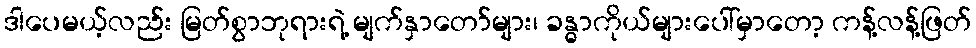
ဒါပေမယ့်လည်း မြတ်စွာဘုရားရဲ့ မျက်နှာတော်များ၊ ခန္ဓာကိုယ်များပေါ်မှာတော့ ကန့်လန့်ဖြတ်